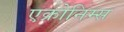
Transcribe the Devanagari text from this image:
एक्रोनिम्स